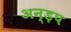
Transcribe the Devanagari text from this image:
अन्ड़प